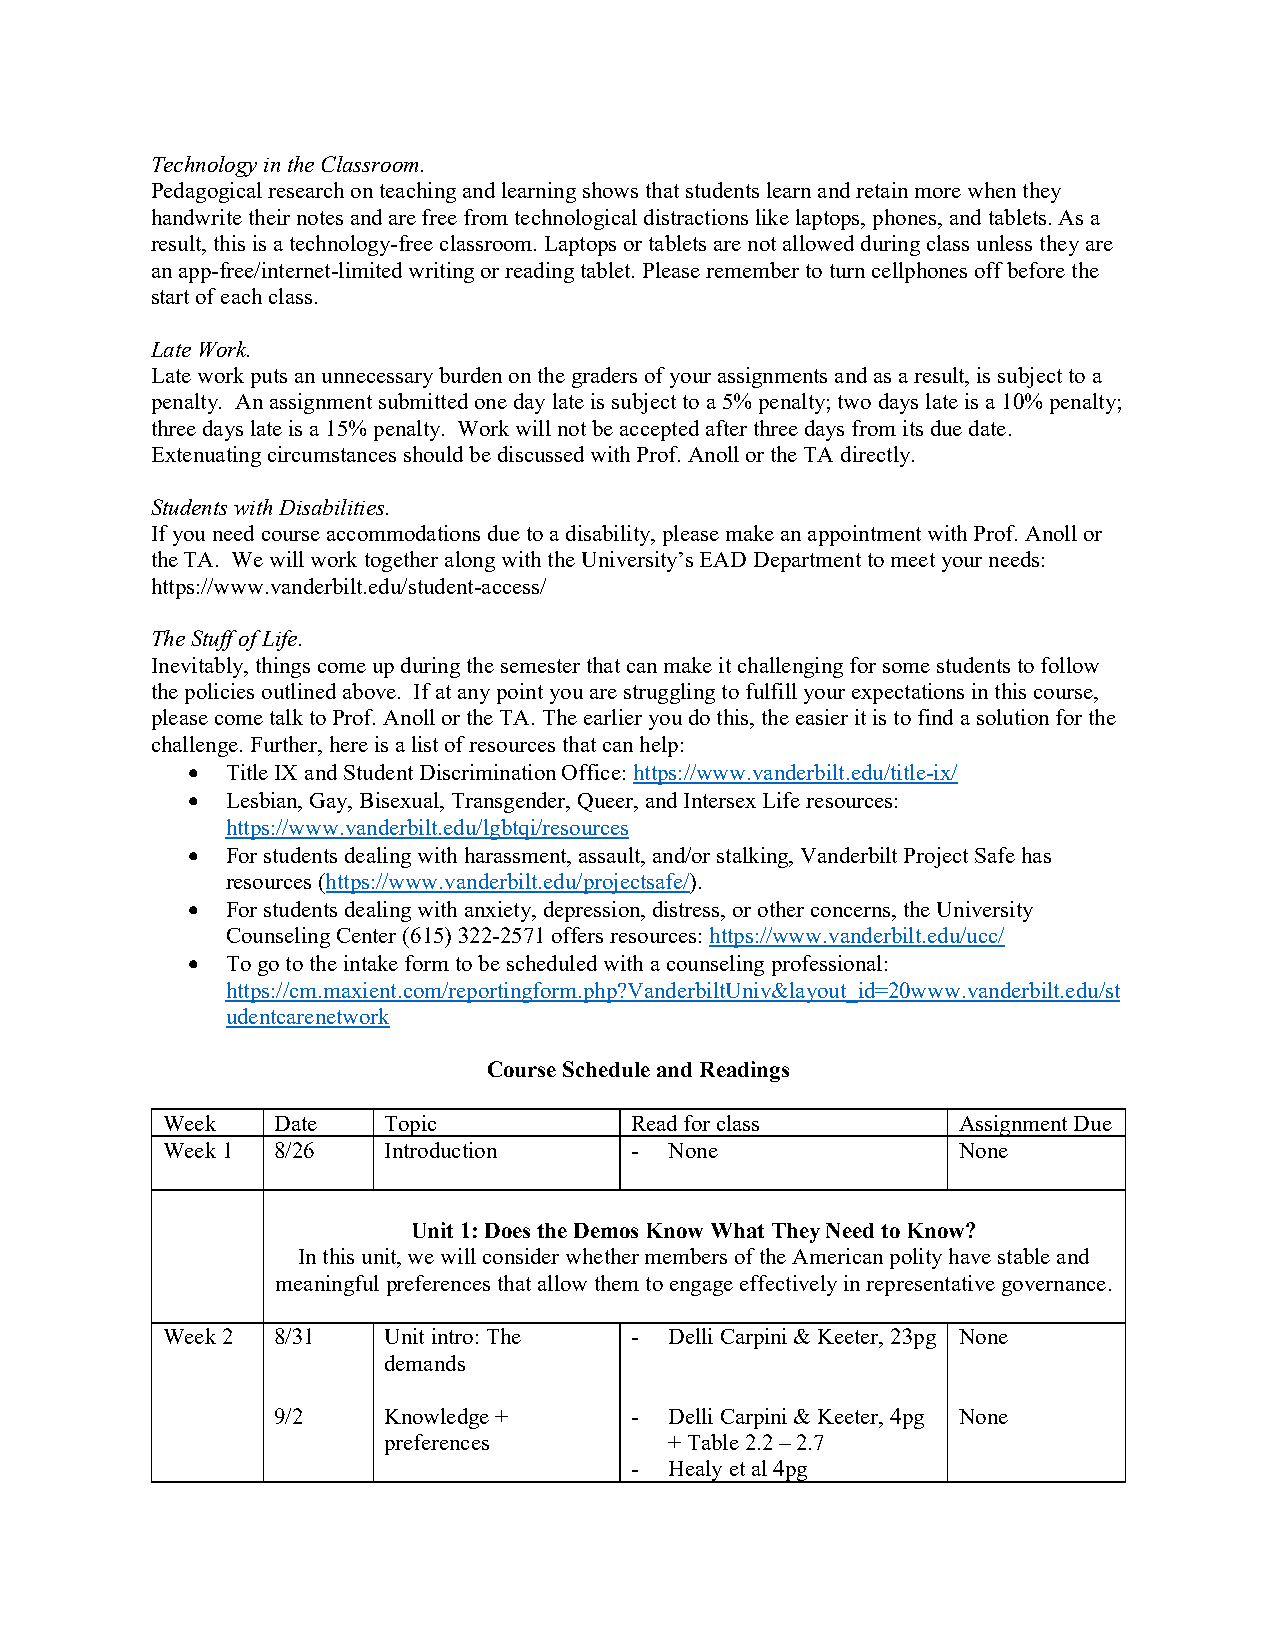
Technology in the Classroom.
 Pedagogical research on teaching and learning shows that students learn and retain more when they
 handwrite their notes and are free from technological distractions like laptops, phones, and tablets. As a
 result, this is a technology-free classroom. Laptops or tablets are not allowed during class unless they are
 an app-free/internet-limited writing or reading tablet. Please remember to turn cellphones off before the
 start of each class.
 Late Work.
 Late work puts an unnecessary burden on the graders of your assignments and as a result, is subject to a
 penalty. An assignment submitted one day late is subject to a 5% penalty; two days late is a 10% penalty;
 three days late is a 15% penalty. Work will not be accepted after three days from its due date.
 Extenuating circumstances should be discussed with Prof. Anoll or the TA directly.
 Students with Disabilities.
 If you need course accommodations due to a disability, please make an appointment with Prof. Anoll or
 the TA. We will work together along with the University’s EAD Department to meet your needs:
 https://www.vanderbilt.edu/student-access/
 The Stuff of Life.
 Inevitably, things come up during the semester that can make it challenging for some students to follow
 the policies outlined above. If at any point you are struggling to fulfill your expectations in this course,
 please come talk to Prof. Anoll or the TA. The earlier you do this, the easier it is to find a solution for the
 challenge. Further, here is a list of resources that can help:
 •  Title IX and Student Discrimination Office: https://www.vanderbilt.edu/title-ix/
 •  Lesbian, Gay, Bisexual, Transgender, Queer, and Intersex Life resources:
 https://www.vanderbilt.edu/lgbtqi/resources
 •  For students dealing with harassment, assault, and/or stalking, Vanderbilt Project Safe has
 resources (https://www.vanderbilt.edu/projectsafe/).
 •  For students dealing with anxiety, depression, distress, or other concerns, the University
 Counseling Center (615) 322-2571 offers resources: https://www.vanderbilt.edu/ucc/
 •  To go to the intake form to be scheduled with a counseling professional:
 https://cm.maxient.com/reportingform.php?VanderbiltUniv&layout_id=20www.vanderbilt.edu/st
 udentcarenetwork
 Course Schedule and Readings
 Week   Date   Topic            Read for class       Assignment Due
 Week 1 8/26   Introduction     - None               None
 Unit 1: Does the Demos Know What They Need to Know?
 In this unit, we will consider whether members of the American polity have stable and
 meaningful preferences that allow them to engage effectively in representative governance.
 Week 2 8/31   Unit intro: The  - Delli Carpini & Keeter, 23pg None
 demands
 9/2    Knowledge +      - Delli Carpini & Keeter, 4pg None
 preferences        + Table 2.2 – 2.7
 - Healy et al 4pg